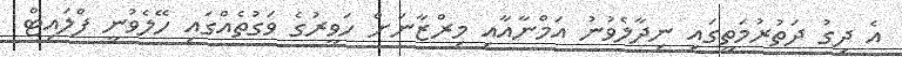
އެ ދިގު ދަތުރުމަތީގައި ނިދާލެވުނު އަމްނާއާއި މިރްޒާނަށް ހަވީރުގެ ވަގުތެއްގައި ހޭލެވުނީ ފްލައިޓް